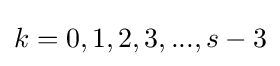
k=0,1,2,3,...,s-3